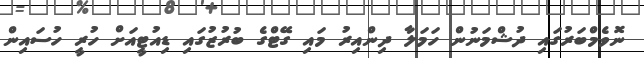
ނޮވެމްބަރުގައި ދުޝްމަނުން ހަމަލާ ދިންއިރު މައި ގޭޓްގެ ބުރުޒުގައި ޑިއުޓީއަށް ހުރީ ހުސައިން